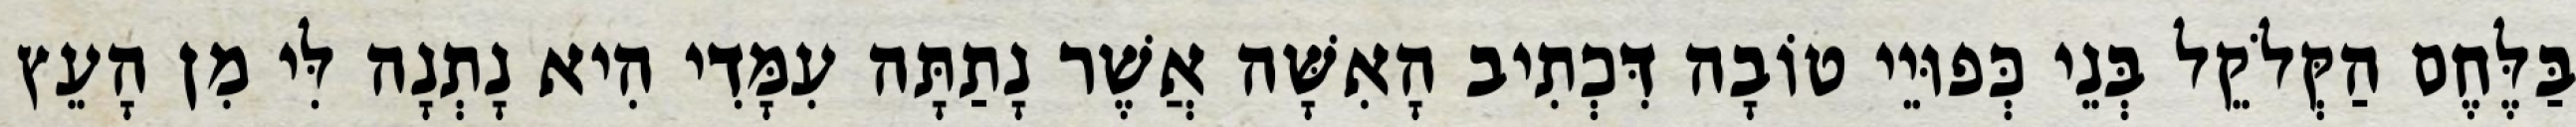
בַּלֶּחֶם הַקְּלֹקֵל בְּנֵי כְּפוּיֵי טוֹבָה דִּכְתִיב הָאִשָּׁה אֲשֶׁר נָתַתָּה עִמָּדִי הִיא נָתְנָה לִּי מִן הָעֵץ